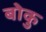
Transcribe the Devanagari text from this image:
बोकु